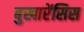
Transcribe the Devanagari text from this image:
बुखारेंसिस